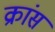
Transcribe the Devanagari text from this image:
क्रांस